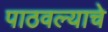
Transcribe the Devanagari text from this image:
पाठवल्याचे